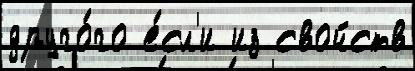
друго́го е́сл'и из свойств